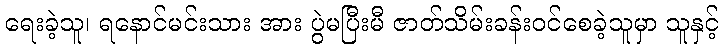
ရေးခဲ့သူ၊ ရနောင်မင်းသား အား ပွဲမပြီးမီ ဇာတ်သိမ်းခန်းဝင်စေခဲ့သူမှာ သူနှင့်